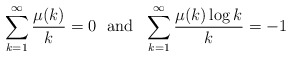
\begin{align*}\sum_{k=1}^\infty \frac{\mu(k)}{k}=0 \ \ \mathrm{and} \ \ \sum_{k=1}^\infty\frac{\mu(k)\log k}{k}=-1\end{align*}